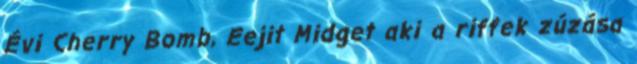
Évi Cherry Bomb, Eejit Midget aki a riffek zúzása